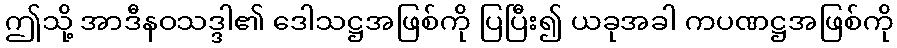
ဤသို့ အာဒီနဝသဒ္ဒါ၏ ဒေါသဋ္ဌအဖြစ်ကို ပြပြီး၍ ယခုအခါ ကပဏဋ္ဌအဖြစ်ကို